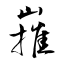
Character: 嶊